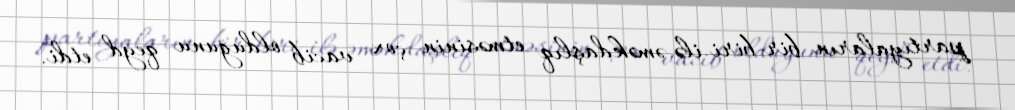
partiyaların bir-biri ilə əməkdaşlıq etməsinin çox vacib olduğunu qeyd etdi.